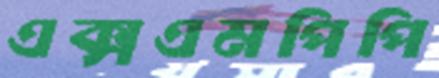
এক্সএমপিপি